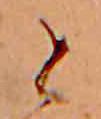
と